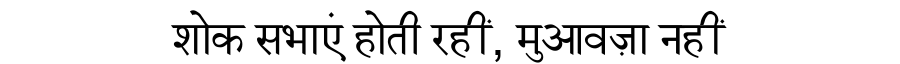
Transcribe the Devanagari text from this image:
शोक सभाएं होती रहीं, मुआवज़ा नहीं